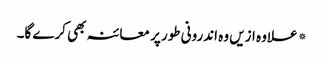
* علاوہ ازیں وہ اندرونی طور پر معائنہ بھی کرے گا۔